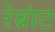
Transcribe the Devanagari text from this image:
रेब्रांट